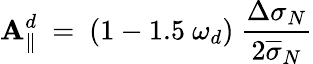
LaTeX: \mathbf{A}_{\| }^{d}~=~(1-1.5~\omega_{d})~\frac{{\Delta\sigma_{N}}}{{2{\overline{{{\sigma}}}_{N}}}}